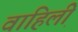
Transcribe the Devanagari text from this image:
वाहिली़